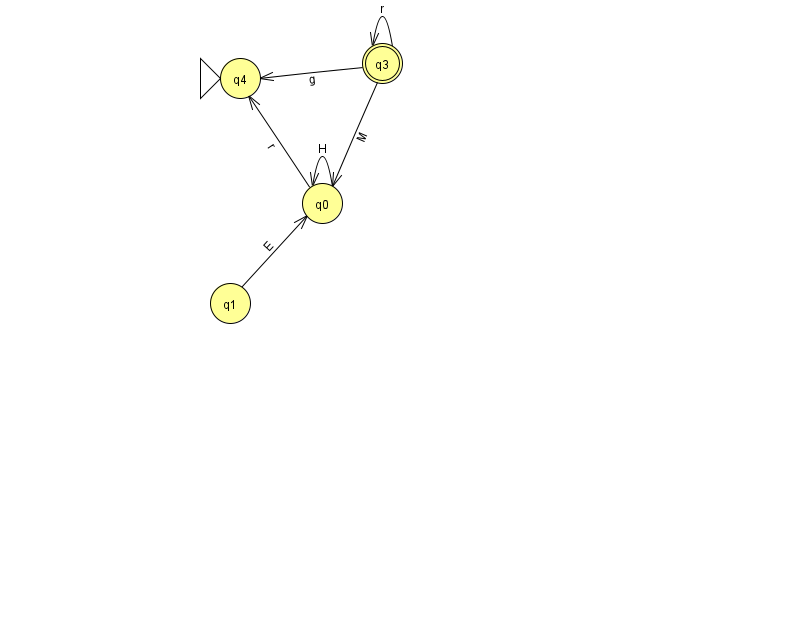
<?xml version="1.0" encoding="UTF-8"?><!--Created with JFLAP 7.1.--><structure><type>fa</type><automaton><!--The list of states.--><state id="0" name="q0"><x>322.0</x><y>190.0</y></state><state id="1" name="q1"><x>230.0</x><y>290.0</y></state><state id="3" name="q3"><x>382.0</x><y>50.0</y><final/></state><state id="4" name="q4"><x>240.0</x><y>65.0</y><initial/></state><!--The list of transitions.--><transition><from>3</from><to>3</to><read>r</read></transition><transition><from>3</from><to>0</to><read>M</read></transition><transition><from>0</from><to>4</to><read>r</read></transition><transition><from>0</from><to>0</to><read>H</read></transition><transition><from>1</from><to>0</to><read>E</read></transition><transition><from>3</from><to>4</to><read>g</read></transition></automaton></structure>